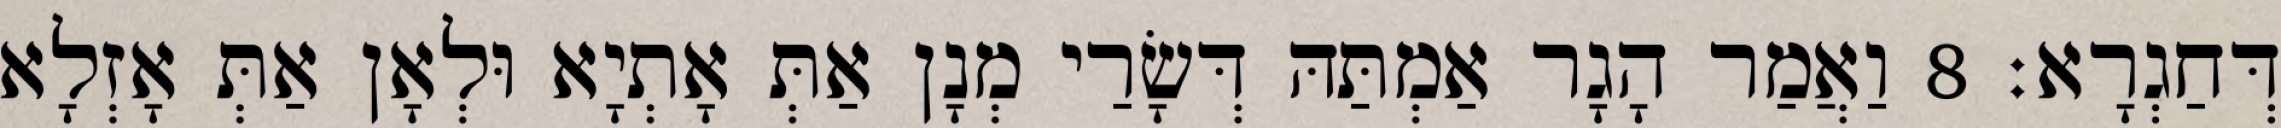
דְּחַגְרָא׃ 8 וַאֲמַר הָגָר אַמְתַּהּ דְּשָׂרַי מְנָן אַתְּ אָתְיָא וּלְאָן אַתְּ אָזְלָא